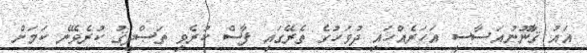
އައު ޤާނޫނުއަސާސީ އަހަރެއްހައި ދުވަހުގެ ތެރޭގައި ފާސް ކުރެވި ތަޞްދީޤު ކުރެވޭނެ ކަމަށް